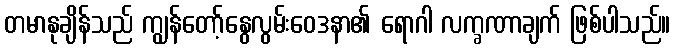
တမာနုချိန်သည် ကျွန်တော့်နွေလွမ်းဝေဒနာ၏ ရောဂါ လက္ခဏာချက် ဖြစ်ပါသည်။